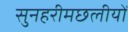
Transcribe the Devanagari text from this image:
सुनहरीमछलीयों